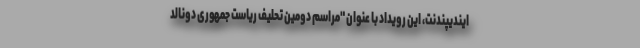
ایندیپندنت، این رویداد با عنوان "مراسم دومین تحلیف ریاست جمهوری دونالد